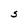
Character: S